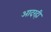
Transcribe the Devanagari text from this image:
आदरही